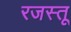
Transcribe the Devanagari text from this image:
रजस्तू